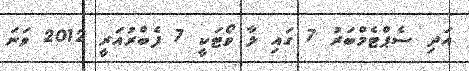
އަދި ސެޕްޓެމްބަރު 7 ގައި ލާ ވޯޓަކީ 7 ފެބްރުއަރީ 2012 ވަނަ